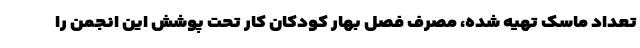
تعداد ماسک تهیه شده، مصرف فصل بهار کودکان کار تحت پوشش این انجمن را